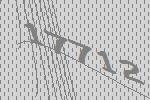
17712